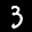
Label: 3